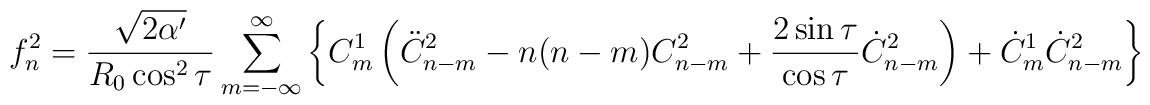
f^{2}_{n}=\frac{\sqrt{2\alpha'}}{R_{0}\cos^2\tau}\sum_{m=-\infty}^{\infty}\left\{C^{1}_{m}\left(\ddot{C}^{2}_{n-m}-n(n-m)C^{2}_{n-m}+\frac{2\sin\tau}{\cos\tau}\dot{C}^{2}_{n-m}\right)+\dot{C}^{1}_{m}\dot{C}^{2}_{n-m}\right\}